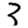
Digit: 3